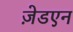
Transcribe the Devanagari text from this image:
ज़ेडएन